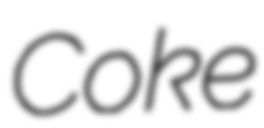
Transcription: Coke